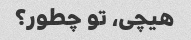
هیچی، تو چطور؟